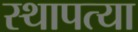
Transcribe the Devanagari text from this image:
स्थापत्या